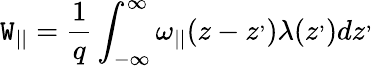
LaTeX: \mathtt{W}_{||}=\frac{{1}}{{q}}\int_{-\infty}^{\infty}\omega_{||}(z-z^{,})\lambda(z^{,})dz^{,}